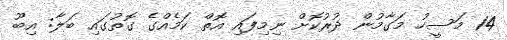
14 މަސީހު މަގާމުން ދުރުކޮށް ނިމިފައި އޮތް ކަމެއްގެ ގޮތުގައި ބަލާ: އިބޫ